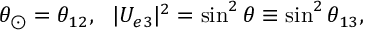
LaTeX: \theta _ { \odot } = \theta _ { 1 2 } , ~ ~ | U _ { e 3 } | ^ { 2 } = \sin ^ { 2 } \theta \equiv \sin ^ { 2 } \theta _ { 1 3 } ,